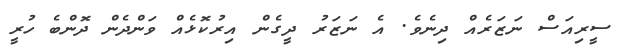
ސީރިއަސް ނަޒަރެއް ދިނެވެ. އެ ނަޒަރު ދީގެން އިރުކޮޅެއް ވަންދެން ދޮންބެ ހުރީ